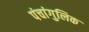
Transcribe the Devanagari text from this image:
पंचांगुलिक